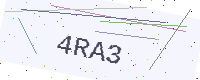
Text: 4RA3